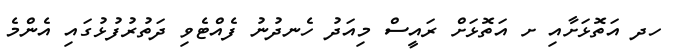
ހދ އަތޮޅަށާއި ށ އަތޮޅަށް ރައީސް މިއަދު ހެނދުނު ފެއްޓެވި ދަތުރުފުޅުގައި އެންމެ